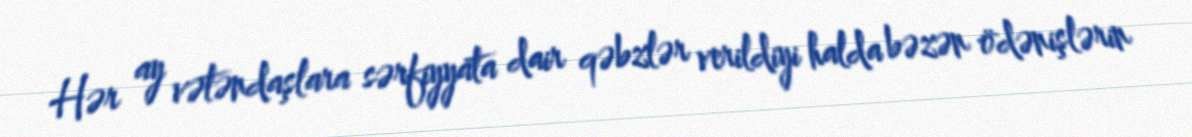
Hər ay vətəndaşlara sərfiyyata dair qəbzlər verildiyi halda bəzən ödənişlərin